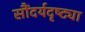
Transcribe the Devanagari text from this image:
सौंदर्यदृष्ट्या